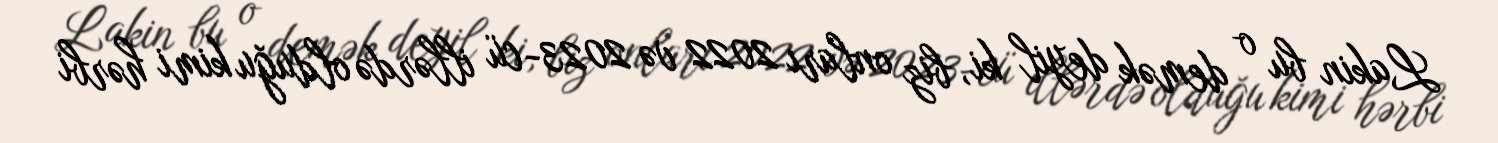
Lakin bu o demək deyil ki, biz onları 2022 və 2023-cü illərdə olduğu kimi hərbi